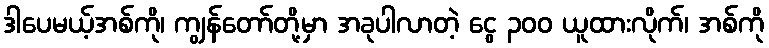
ဒါပေမယ့်အစ်ကို၊ ကျွန်တော်တို့မှာ အခုပါလာတဲ့ ငွေ ၃၀၀ ယူထားလိုက်၊ အစ်ကို